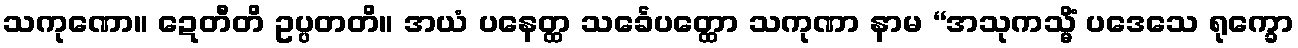
သကုဏော။ ဍေတီတိ ဥပ္ပတတိ။ အယံ ပနေတ္ထ သင်္ခေပတ္ထော သကုဏာ နာမ “အသုကသ္မိံ ပဒေသေ ရုက္ခော